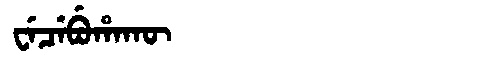
Manchu: ᠸᡝᠴᡝᠪᡠᡥᠠᡴᡡ
Romanization: WECEBUHAKŪ